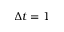
\Delta t = 1